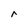
Character: r